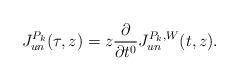
LaTeX: \begin{align*}J^{P_k}_{un}(\tau,z)=z\frac{\partial}{\partial t^{0}}J^{P_k,W}_{un}(t,z).\end{align*}